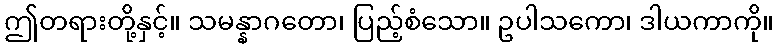
ဤတရားတို့နှင့်။ သမန္နာဂတော၊ ပြည့်စံသော။ ဥပါသကော၊ ဒါယကာကို။